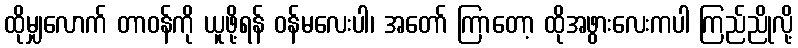
ထိုမျှလောက် တာဝန်ကို ယူဖို့ရန် ဝန်မလေးပါ၊ အတော် ကြာတော့ ထိုအဖွားလေးကပါ ကြည်ညိုလို့